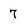
Character: 7